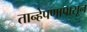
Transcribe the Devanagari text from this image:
तान्हेपणापासून